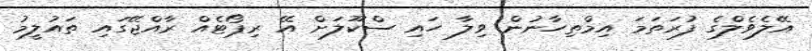
އޭލެވެލްގެ ފުރަތަމަ އިމްތިހާނުން ވިލާ ހައި ސްކޫލަށް އޭ ރިޕޯޓެއް ރާއްޖޭގައި ތައުލީމު